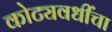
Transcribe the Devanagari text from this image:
कोट्यवधींचा